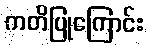
ကတိပြုကြောင်း